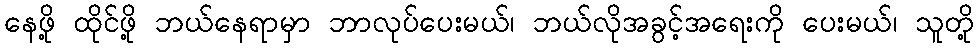
နေဖို့ ထိုင်ဖို့ ဘယ်နေရာမှာ ဘာလုပ်ပေးမယ်၊ ဘယ်လိုအခွင့်အရေးကို ပေးမယ်၊ သူတို့